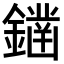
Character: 𨬭